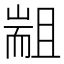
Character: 𰭮